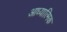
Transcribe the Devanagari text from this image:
आध्यात्‍मिक